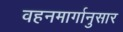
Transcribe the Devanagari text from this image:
वहनमार्गानुसार